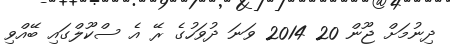
ދިނުމަށް ޖޫން 20 2014 ވަނަ ދުވަހުގެ ރޭ އެ ސްކޫލްގައި ބޭއްވި